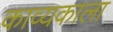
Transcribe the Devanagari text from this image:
काव्यकाला